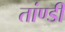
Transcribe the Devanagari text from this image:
तांण्डी